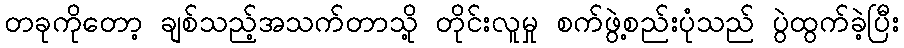
တခုကိုတော့ ချစ်သည့်အသက်တာသို့ တိုင်းလူမှု စက်ဖွဲ့စည်းပုံသည် ပွဲထွက်ခဲ့ပြီး